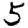
Digit: 5